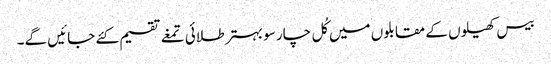
بیس کھیلوں کے مقابلوں میں کُل چار سو بہتر طلائی تمغے تقسیم کئے جائیں گے۔